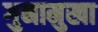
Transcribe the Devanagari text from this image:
गुनामुखा